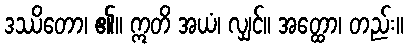
ဒဿိတော၊ ၏။ ဣတိ အယံ၊ လျှင်။ အတ္ထော၊ တည်း။